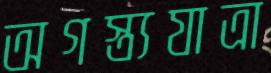
অগস্ত্যযাত্রা